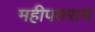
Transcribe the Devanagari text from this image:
महीपतराम